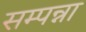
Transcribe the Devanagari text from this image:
सम्पन्ना